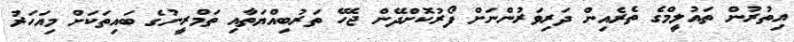
އިތުރުން ތައުލީމްގެ ތެރެއިން ދަރިވަރުންނަށް ފޯރުކޮށްދޭން ޖެހޭ ތަރުބިއްޔަތާއި ތަމްރީނުގެ ބައިތަކަށް މިއަހަރު